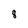
Character: 8